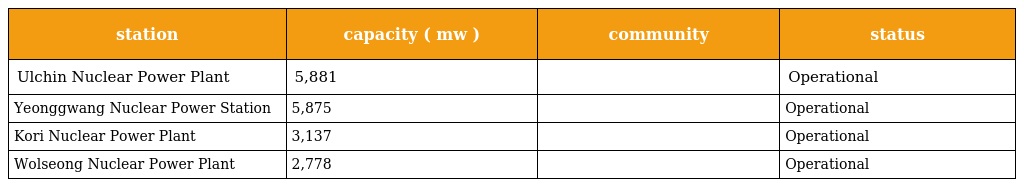
| station | capacity ( mw ) | community | status |
 | --- | --- | --- | --- |
 | Ulchin Nuclear Power Plant | 5,881 |  | Operational |
 | Yeonggwang Nuclear Power Station | 5,875 |  | Operational |
 | Kori Nuclear Power Plant | 3,137 |  | Operational |
 | Wolseong Nuclear Power Plant | 2,778 |  | Operational |